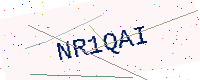
Text: NR1QAI